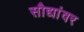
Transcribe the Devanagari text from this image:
सौद्यांवर